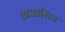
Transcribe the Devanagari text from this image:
अजारिटा